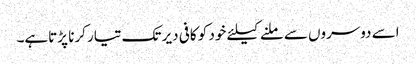
اسے دوسروں سے ملنے کیلئے خود کو کافی دیر تک تیار کرنا پڑتاہے۔